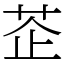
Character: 𦮳